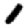
Digit: 1